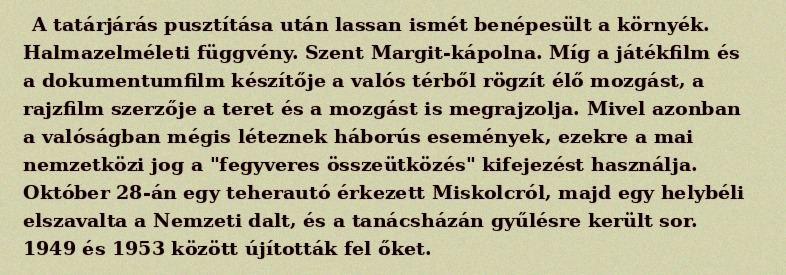
A tatárjárás pusztítása után lassan ismét benépesült a környék. Halmazelméleti függvény. Szent Margit-kápolna. Míg a játékfilm és a dokumentumfilm készítője a valós térből rögzít élő mozgást, a rajzfilm szerzője a teret és a mozgást is megrajzolja. Mivel azonban a valóságban mégis léteznek háborús események, ezekre a mai nemzetközi jog a "fegyveres összeütközés" kifejezést használja. Október 28-án egy teherautó érkezett Miskolcról, majd egy helybéli elszavalta a Nemzeti dalt, és a tanácsházán gyűlésre került sor. 1949 és 1953 között újították fel őket.